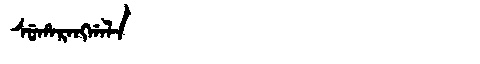
Manchu: ᠰᡠᡥᠠᡵᠠᠩᡤᠠᠯᠠ
Romanization: SUHARANGGALA